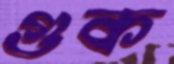
গুক